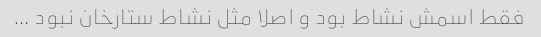
فقط اسمش نشاط بود و اصلا مثل نشاط ستارخان نبود …